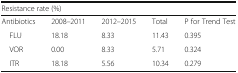
<table><thead><tr><td colspan="5"><b>Resistance rate (%)</b></td></tr></thead><tbody><tr><td>Antibiotics</td><td>2008–2011</td><td>2012–2015</td><td>Total</td><td>P for Trend Test</td></tr><tr><td> FLU</td><td>18.18</td><td>8.33</td><td>11.43</td><td>0.395</td></tr><tr><td> VOR</td><td>0.00</td><td>8.33</td><td>5.71</td><td>0.324</td></tr><tr><td> ITR</td><td>18.18</td><td>5.56</td><td>10.34</td><td>0.279</td></tr></tbody></table>